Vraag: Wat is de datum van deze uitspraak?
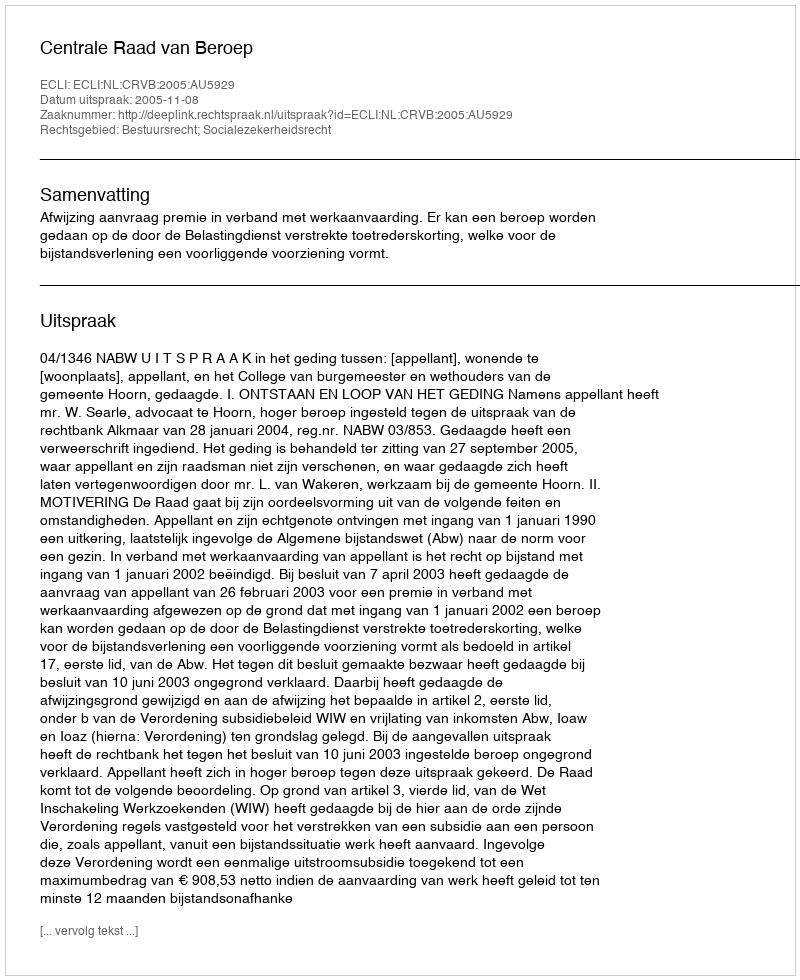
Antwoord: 2005-11-08